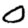
Digit: 0